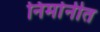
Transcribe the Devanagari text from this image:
निर्मानीत